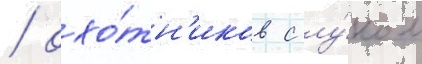
/ охо́тн'иков с лу́ком